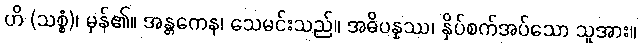
ဟိ (သစ္စံ)၊ မှန်၏။ အန္တကေန၊ သေမင်းသည်။ အဓိပန္နဿ၊ နှိပ်စက်အပ်သော သူအား။